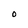
Character: O